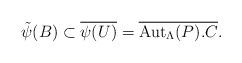
LaTeX: \begin{align*} \tilde{\psi}(B) \subset \overline{\psi(U)} = \overline{\mathrm{Aut}_\Lambda(P). C}.\end{align*}